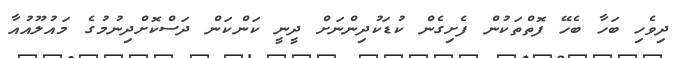
ދިވެހި ބަހާ ބެހޭ ފޮތްތަކުން ފެށިގެން ކުޑަކުދިންނަށް ދީނީ ކަންކަން ދަސްކޮށްދިނުމުގެ މައުލޫއުއާ